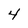
Character: 4